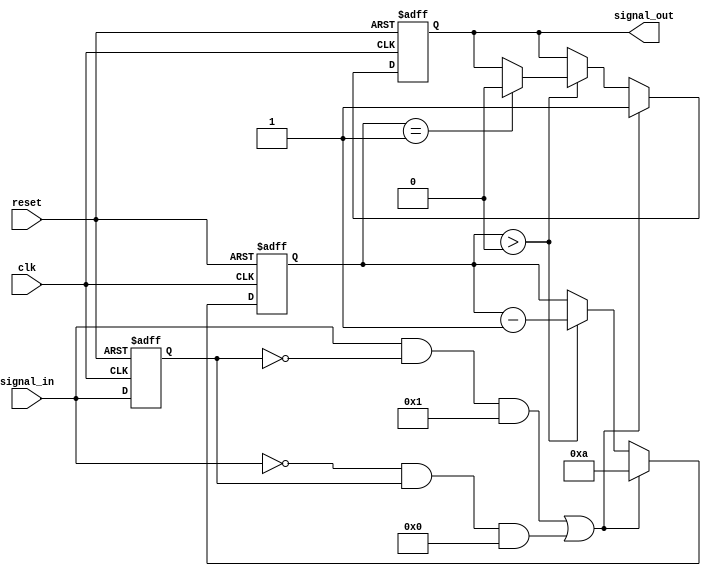
module monostable_edge_detector #(
    parameter PULSE_WIDTH = 10,  // Pulse width in clock cycles
    parameter DETECT_RISING = 1,  // Detect rising edge if 1
    parameter DETECT_FALLING = 0   // Detect falling edge if 1
)(
    input wire clk,                // System clock
    input wire reset,              // Asynchronous reset
    input wire signal_in,          // Input signal
    output reg signal_out          // Output pulse
);

    // State storage
    reg signal_in_prev;            // Previous state of the input signal
    reg [3:0] pulse_counter;       // Counter for pulse width

    // Edge detection logic
    wire rising_edge = (signal_in && !signal_in_prev) && DETECT_RISING;
    wire falling_edge = (!signal_in && signal_in_prev) && DETECT_FALLING;
    wire edge_detected = rising_edge || falling_edge;

    // Sequential logic for detecting edges and generating pulse
    always @(posedge clk or posedge reset) begin
        if (reset) begin
            signal_in_prev <= 1'b0;   // Reset previous state
            signal_out <= 1'b0;       // Reset output pulse
            pulse_counter <= 0;        // Reset pulse counter
        end else begin
            signal_in_prev <= signal_in; // Store current state

            if (edge_detected) begin
                signal_out <= 1'b1;       // Set output pulse high
                pulse_counter <= PULSE_WIDTH; // Load pulse width
            end else if (pulse_counter > 0) begin
                pulse_counter <= pulse_counter - 1; // Decrement pulse counter
                if (pulse_counter == 1) begin
                    signal_out <= 1'b0;   // Set output pulse low
                end
            end
        end
    end

endmodule